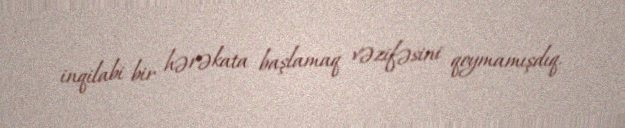
inqilabi bir hərəkata başlamaq vəzifəsini qoymamışdıq.